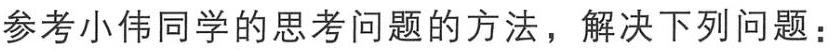
参考小伟同学的思考问题的方法，解决下列问题：